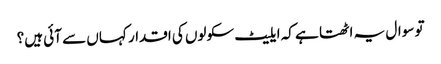
تو سوال یہ اٹھتا ہے کہ ایلیٹ سکولوں کی اقدار کہاں سے آئی ہیں؟